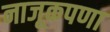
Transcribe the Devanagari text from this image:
नाजूकपणा